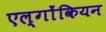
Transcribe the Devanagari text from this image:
एल्गोंकियन